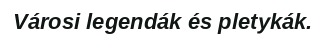
Városi legendák és pletykák.